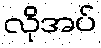
လိုအပ်